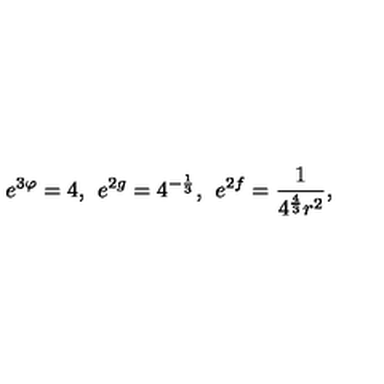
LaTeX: e ^ { 3 \varphi } = 4 , \: \: e ^ { 2 g } = 4 ^ { - \frac { 1 } { 3 } } , \: \: e ^ { 2 f } = \frac { 1 } { 4 ^ { \frac { 4 } { 3 } } r ^ { 2 } } ,